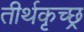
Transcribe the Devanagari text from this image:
तीर्थकृच्छ्र